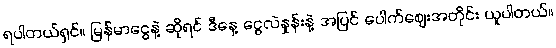
ရပါတယ်ရှင်။ မြန်မာငွေနဲ့ ဆိုရင် ဒီနေ့ ငွေလဲနှုန်းနဲ့ အပြင် ပေါက်ဈေးအတိုင်း ယူပါတယ်။